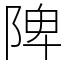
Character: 陴